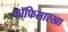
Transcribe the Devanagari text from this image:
कॉफिसारखा